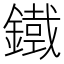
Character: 𮢾